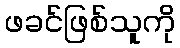
ဖခင်ဖြစ်သူကို